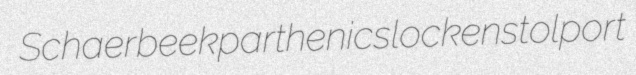
Schaerbeek parthenic slocken stolport